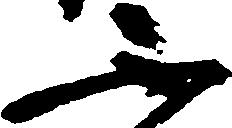
不